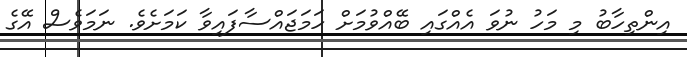
އިންތިހާބު މި މަހު ނުވަ އެއްގައި ބޭއްވުމަށް ހަމަޖައްސާފައިވާ ކަމަށެވެ. ނަމަވެސް އޭގެ